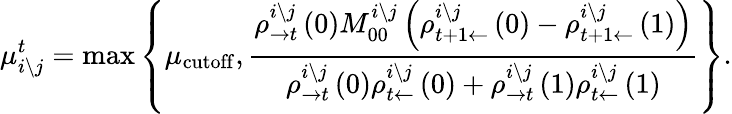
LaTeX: \mu_{i\setminus j}^{t}=\operatorname*{max}\left\{ \mu_{\mathrm{cutoff}},\frac{\rho_{\rightarrow t}^{i\setminus j}\left(0\right)M_{00}^{i\setminus j}\left(\rho_{t+1\leftarrow}^{i\setminus j}\left(0\right)-\rho_{t+1\leftarrow}^{i\setminus j}\left(1\right)\right)}{\rho_{\rightarrow t}^{i\setminus j}\left(0\right)\rho_{t\leftarrow}^{i\setminus j}\left(0\right)+\rho_{\rightarrow t}^{i\setminus j}\left(1\right)\rho_{t\leftarrow}^{i\setminus j}\left(1\right)}\right\} .